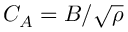
C _ { A } = B / \sqrt { \rho }